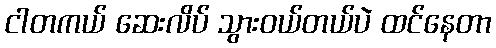
ငါတကယ် ဆေးလိပ် သွားဝယ်တယ်ပဲ ထင်နေတာ